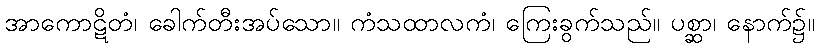
အာကောဋိတံ၊ ခေါက်တီးအပ်သော။ ကံသထာလကံ၊ ကြေးခွက်သည်။ ပစ္ဆာ၊ နောက်၌။